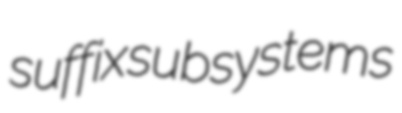
suffix subsystems